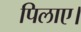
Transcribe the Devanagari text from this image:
पिलाए।